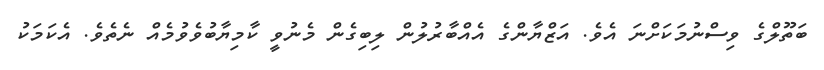
ބަތޫލްގެ ވިސްނުމަކަށްނަ އެވެ. އަޒްޔާންގެ އެއްބާރުލުން ލިބިގެން މެނުވީ ކާމިޔާބުވެވުމެއް ނެތެވެ. އެކަމަކު